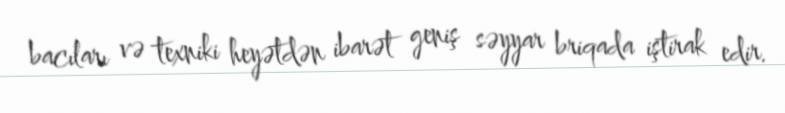
bacıları və texniki heyətdən ibarət geniş səyyar briqada iştirak edir.